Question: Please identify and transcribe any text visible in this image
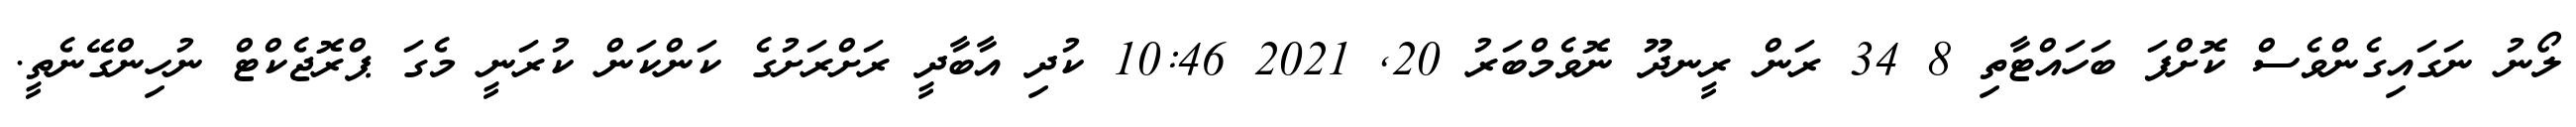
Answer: ލޯނު ނަގައިގެންވެސް ކޮށްފަ ބަހައްޓާތި 8 34 ރަން ރީނދޫ ނޮވެމްބަރު 20, 2021 10:46 ކުދި އާބާދީ ރަށްރަށުގެ ކަންކަން ކުރަނީ މެގަ ޕްރޮޖެކްޓް ނުހިންގޭނެތީ.